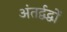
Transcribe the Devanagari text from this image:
अंतर्द्वद्वों